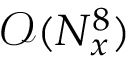
\mathcal { O } ( N _ { x } ^ { 8 } )